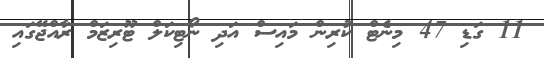
11 ގަޑި 47 މިނެޓް ކުރިން މައިސް އަދި ނޯޓިކަލް ޓޫރިޒަމް ރާއްޖޭގައި